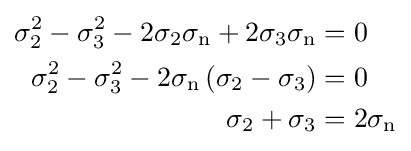
{\begin{aligned}\sigma _{2}^{2}-\sigma _{3}^{2}-2\sigma _{2}\sigma _{\text{n}}+2\sigma _{3}\sigma _{\text{n}}&=0\\\sigma _{2}^{2}-\sigma _{3}^{2}-2\sigma _{\text{n}}\left(\sigma _{2}-\sigma _{3}\right)&=0\\\sigma _{2}+\sigma _{3}&=2\sigma _{\text{n}}\end{aligned}}